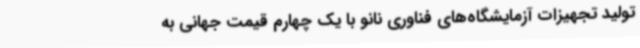
تولید تجهیزات آزمایشگاه‌های فناوری نانو با یک چهارم قیمت جهانی به